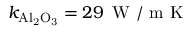
k _ { \mathrm { A l _ { 2 } O _ { 3 } } } = 2 9 \, \mathrm { ~ W ~ / ~ m ~ K ~ }